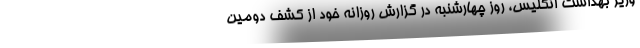
وزیر بهداشت انگلیس، روز چهارشنبه در گزارش روزانه خود از کشف دومین